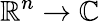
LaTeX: \mathbb{R}^{n}\to\mathbb{C}